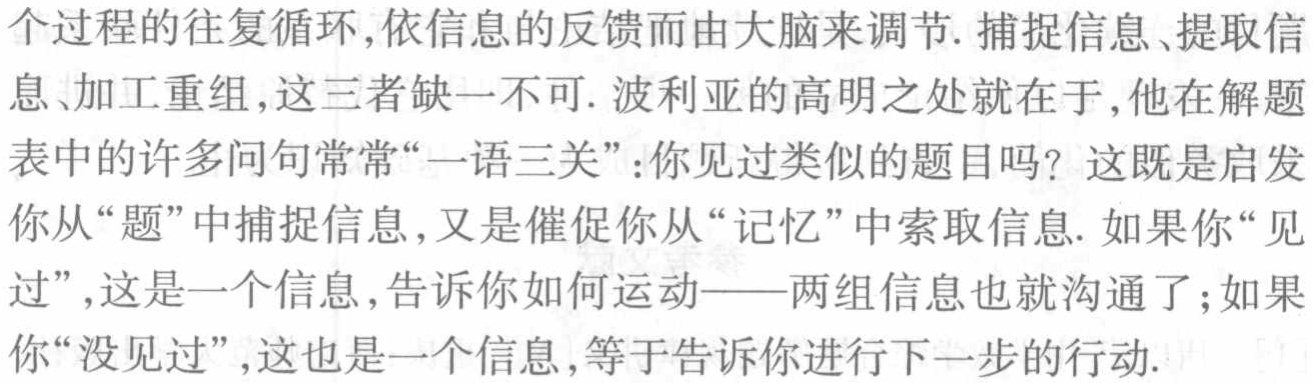
个过程的往复循环,依信息的反馈而由大脑来调节. 捕捉信息、提取信息、加工重组,这三者缺一不可. 波利亚的高明之处就在于,他在解题表中的许多问句常常“一语三关”：你见过类似的题目吗？这既是启发你从“题”中捕捉信息,又是催促你从“记忆”中索取信息. 如果你“见过”,这是一个信息,告诉你如何运动——两组信息也就沟通了；如果你“没见过”,这也是一个信息,等于告诉你进行下一步的行动.